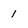
Character: 1